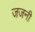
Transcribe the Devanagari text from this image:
जजनी